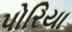
પોરિયા